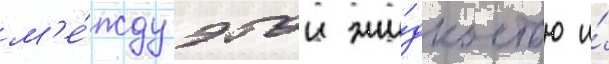
м'е́жду этои жи́дкостью и́